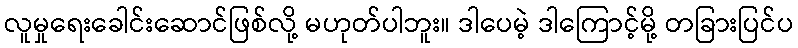
လူမှုရေးခေါင်းဆောင်ဖြစ်လို့ မဟုတ်ပါဘူး။ ဒါပေမဲ့ ဒါကြောင့်မို့ တခြားပြင်ပ